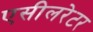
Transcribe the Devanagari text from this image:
एसीलरेटर